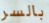
بالسر